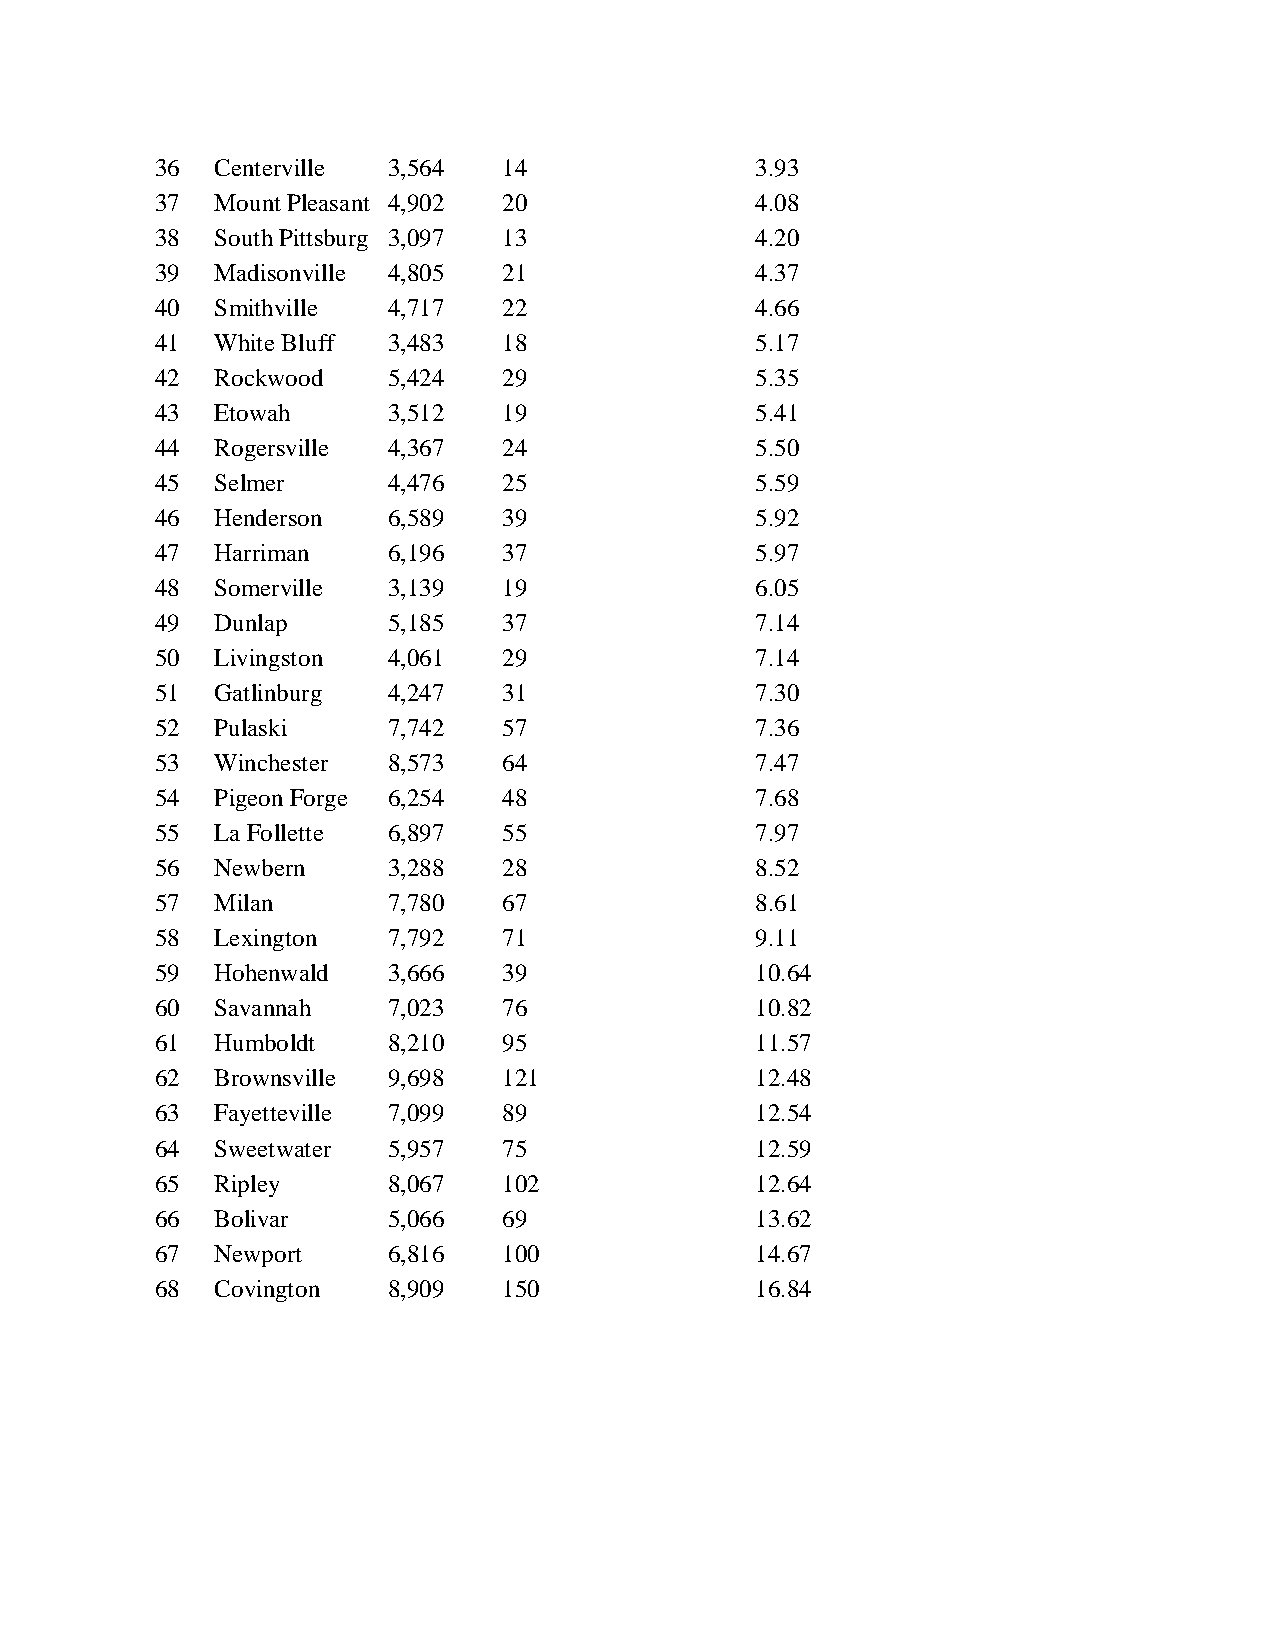
36  Centerville 3,564  14               3.93
 37  Mount Pleasant 4,902 20             4.08
 38  South Pittsburg 3,097 13            4.20
 39  Madisonville 4,805 21               4.37
 40  Smithville  4,717  22               4.66
 41  White Bluff 3,483  18               5.17
 42  Rockwood    5,424  29               5.35
 43  Etowah      3,512  19               5.41
 44  Rogersville 4,367  24               5.50
 45  Selmer      4,476  25               5.59
 46  Henderson   6,589  39               5.92
 47  Harriman    6,196  37               5.97
 48  Somerville  3,139  19               6.05
 49  Dunlap      5,185  37               7.14
 50  Livingston  4,061  29               7.14
 51  Gatlinburg  4,247  31               7.30
 52  Pulaski     7,742  57               7.36
 53  Winchester  8,573  64               7.47
 54  Pigeon Forge 6,254 48               7.68
 55  La Follette 6,897  55               7.97
 56  Newbern     3,288  28               8.52
 57  Milan       7,780  67               8.61
 58  Lexington   7,792  71               9.11
 59  Hohenwald   3,666  39               10.64
 60  Savannah    7,023  76               10.82
 61  Humboldt    8,210  95               11.57
 62  Brownsville 9,698  121              12.48
 63  Fayetteville 7,099 89               12.54
 64  Sweetwater  5,957  75               12.59
 65  Ripley      8,067  102              12.64
 66  Bolivar     5,066  69               13.62
 67  Newport     6,816  100              14.67
 68  Covington   8,909  150              16.84